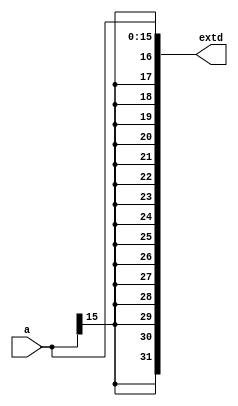
`timescale 1ns / 1ps
//////////////////////////////////////////////////////////////////////////////////
// Company: 
// Engineer: 
// 
// Design Name: 
// Module Name: sign_extend
// Project Name: 
// Target Devices: 
// Tool Versions: 
// Description: 
// 
// Dependencies: 
// 
// Revision:
// Revision 0.01 - File Created
// Additional Comments:
// 
//////////////////////////////////////////////////////////////////////////////////

module sign_extend(
	 input wire [15:0] a,
	output wire [31:0] extd
    );
	
	assign extd = {{16{a[15]}}, a};

endmodule